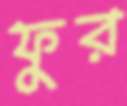
ফুর